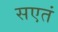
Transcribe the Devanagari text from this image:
सएतं